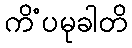
ကိံပမုခါတိ